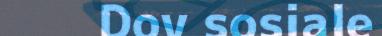
Dov sosiale